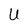
Character: U